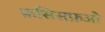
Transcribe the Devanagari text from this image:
फ़सिसफ़औ